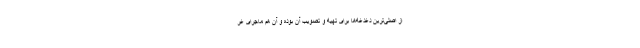
از اصلی‌ترین دغدغه‌ها برای تهیه و تصویب آن بوده و آن هم ماجرای غر